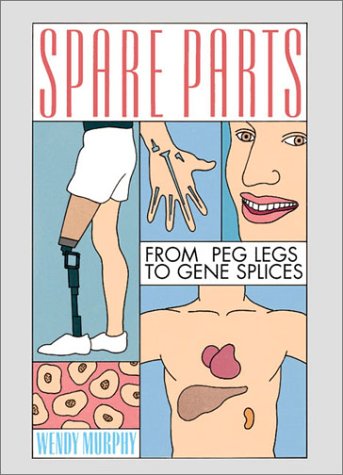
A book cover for Spare Parts; Wendy Murphy; Teen & Young Adult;